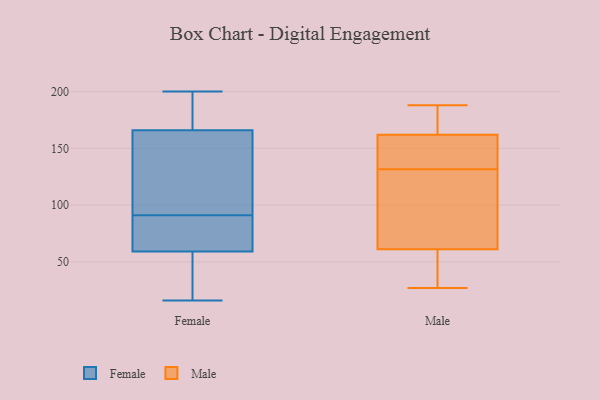
{"axis": {"x": "Temperature (°C)", "y": "Value"}, "legend": ["Female", "Male"], "data": [{"x": "", "y": 56, "type": "Female"}, {"x": "", "y": 62, "type": "Female"}, {"x": "", "y": 184, "type": "Female"}, {"x": "", "y": 200, "type": "Female"}, {"x": "", "y": 148, "type": "Female"}, {"x": "", "y": 138, "type": "Female"}, {"x": "", "y": 16, "type": "Female"}, {"x": "", "y": 76, "type": "Female"}, {"x": "", "y": 50, "type": "Female"}, {"x": "", "y": 75, "type": "Female"}, {"x": "", "y": 196, "type": "Female"}, {"x": "", "y": 106, "type": "Female"}, {"x": "", "y": 181, "type": "Male"}, {"x": "", "y": 57, "type": "Male"}, {"x": "", "y": 173, "type": "Male"}, {"x": "", "y": 188, "type": "Male"}, {"x": "", "y": 71, "type": "Male"}, {"x": "", "y": 129, "type": "Male"}, {"x": "", "y": 134, "type": "Male"}, {"x": "", "y": 142, "type": "Male"}, {"x": "", "y": 125, "type": "Male"}, {"x": "", "y": 43, "type": "Male"}, {"x": "", "y": 27, "type": "Male"}, {"x": "", "y": 61, "type": "Male"}, {"x": "", "y": 155, "type": "Male"}, {"x": "", "y": 162, "type": "Male"}]}